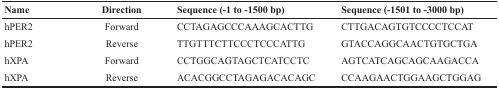
<table><thead><tr><td><b>Name</b></td><td><b>Direction</b></td><td><b>Sequence (−1 to −1500 bp)</b></td><td><b>Sequence (−1501 to −3000 bp)</b></td></tr></thead><tbody><tr><td>hPER2</td><td>Forward</td><td>CCTAGAGCCCAAAGCACTTG</td><td>CTTGACAGTGTCCCCTCCAT</td></tr><tr><td>hPER2</td><td>Reverse</td><td>TTGTTTCTTCCCTCCCATTG</td><td>GTACCAGGCAACTGTGCTGA</td></tr><tr><td>hXPA</td><td>Forward</td><td>CCTGGCAGTAGCTCATCCTC</td><td>AGTCATCAGCAGCAAGACCA</td></tr><tr><td>hXPA</td><td>Reverse</td><td>ACACGGCCTAGAGACACAGC</td><td>CCAAGAACTGGAAGCTGGAG</td></tr></tbody></table>